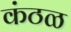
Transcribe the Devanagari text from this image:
कंठळ